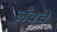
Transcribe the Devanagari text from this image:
लँबचे